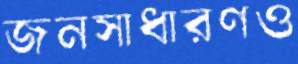
জনসাধারণও